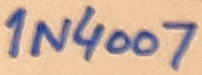
Text: 1N4007